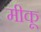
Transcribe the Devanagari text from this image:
मीकू